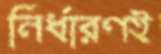
নির্ধারণই